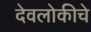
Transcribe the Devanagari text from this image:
देवलोकीचे